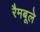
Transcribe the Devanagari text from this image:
रैमबूले